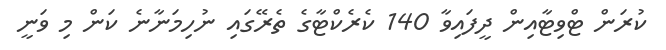
ކުރަން ޓްވިޓާއިން ދީފައިވާ 140 ކެރެކްޓާގެ ތެރޭގައި ނުހިމަނާނެ ކަން މި ވަނީ